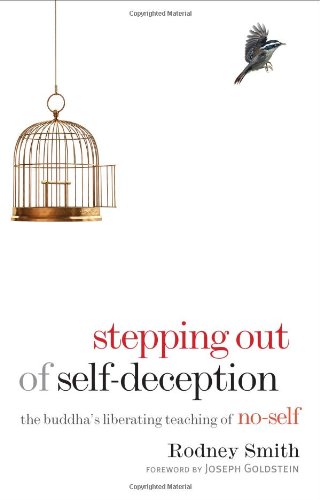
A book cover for Stepping Out of Self-Deception: The Buddha's Liberating Teaching of No-Self; Rodney Smith; Religion & Spirituality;